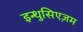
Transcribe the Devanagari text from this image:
इन्थुसिएज़म